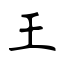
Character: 王